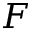
F